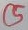
Text: C5